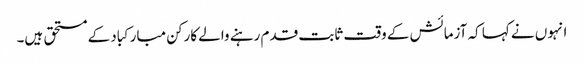
انہوں نے کہا کہ آزمائش کے وقت ثابت قدم رہنے والے کارکن مبارکباد کے مستحق ہیں۔